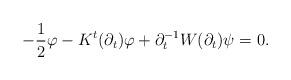
LaTeX: \begin{align*} - \frac12 \varphi -K^t(\partial_t)\varphi + \partial_t^{-1}W(\partial_t) \psi = 0. \end{align*}